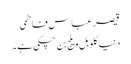
قیصر عباس فاطمی
دنیا گلوبل ویلج بن چکی ہے۔